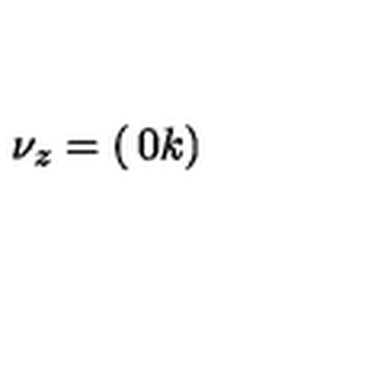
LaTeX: \nu _ { z } = \left( \begin{matrix} { 0 } \\ { k } \\ \end{matrix} \right)